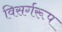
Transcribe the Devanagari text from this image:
विसर्गरूप